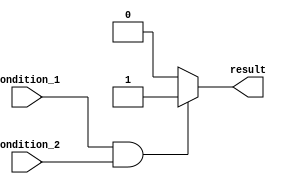
module if_else_statement (
    input wire condition_1,
    input wire condition_2,
    output reg result
);

always @ (*) begin
    if (condition_1 && condition_2) begin
        // Code to execute if both conditions are true
        result = 1;
    end
    else begin
        // Code to execute if any of the conditions are false
        result = 0;
    end
end

endmodule